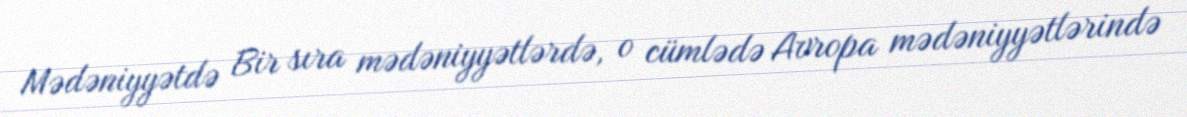
Mədəniyyətdə Bir sıra mədəniyyətlərdə, o cümlədə Avropa mədəniyyətlərində